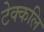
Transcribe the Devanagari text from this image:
टेक्कलि